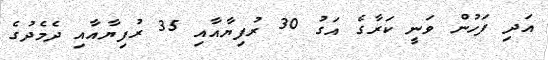
އަދި ފަހުން ވަނީ ކަރާގެ އަގު 30 ރުފިޔާއާއި 35 ރުފިޔާއާއި ދެމެދުގެ